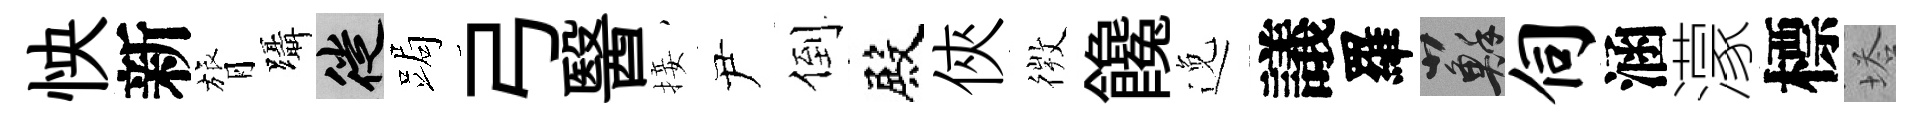
怏新膂躡徙跼弓醫接尹倒殿俠𢕄饞𨓜議羅蘇伺涵濛標塔